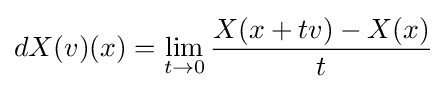
dX(v)(x)=\lim _{t\to 0}{\frac {X(x+tv)-X(x)}{t}}